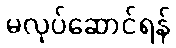
မလုပ်ဆောင်ရန်